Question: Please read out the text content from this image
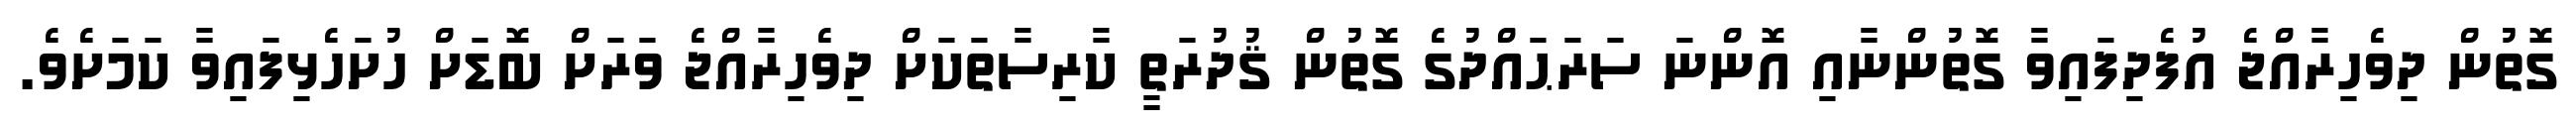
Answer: ގޮތުން ދިވެހިރާއްޖެ އުފެދިފައިވާ ގޮތުންނާއި އޮންނަ ސަރަޙައްދުގެ ގޮތުން ޤުދުރަތީ ކާރިސާތަކަށް ދިވެހިރާއްޖެ ވަރަށް ބޮޑަށް ހުށަހެޅިފައިވާ ކަމަށެވެ.